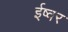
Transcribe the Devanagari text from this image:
ईष्वर